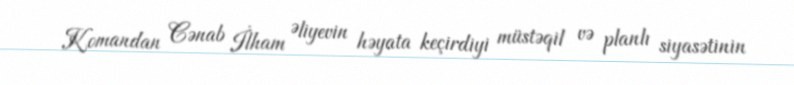
Komandan Cənab İlham Əliyevin həyata keçirdiyi müstəqil və planlı siyasətinin